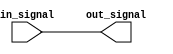
module open_drain_inverter(
    input wire in_signal,
    output reg out_signal
);

reg out_signal_internal;

assign out_signal = ~out_signal_internal;

always @ (in_signal)
begin
    if (in_signal)
        out_signal_internal <= 0;
    else
        out_signal_internal <= 1;
end

endmodule